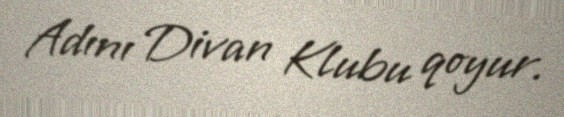
Adını Divan Klubu qoyur.